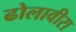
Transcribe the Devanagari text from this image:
ढोलावीरा